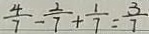
\frac { 4 } { 7 } - \frac { 2 } { 7 } + \frac { 1 } { 7 } = \frac { 3 } { 7 }